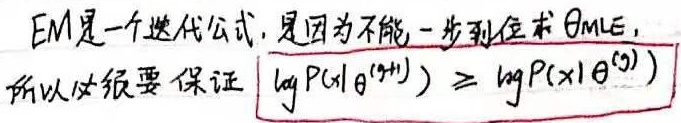
EM是一个迭代公式，是因为不能一步到位求$\theta_{MLE}$，所以必须要保证
\[\log P(x|\theta^{(t + 1)})\geq\log P(x|\theta^{(t)})\]